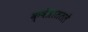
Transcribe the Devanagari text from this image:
क्षेत्राततले